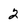
Character: 2